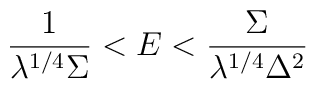
\frac{1}{\lambda^{1/4}\Sigma}< E < \frac{\Sigma}{\lambda^{1/4}\Delta^2}